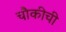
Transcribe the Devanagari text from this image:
चौकीची